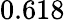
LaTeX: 0.618